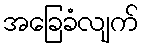
အခြေခံလျက်